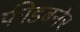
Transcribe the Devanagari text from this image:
फीडबर्नर